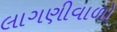
લાગણીવાળો